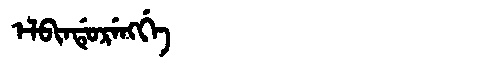
Manchu: ᡝᠯᠪᡳᠨᡩᡠᡵᡝᠩᡤᡝ
Romanization: ELBINDURENGGE